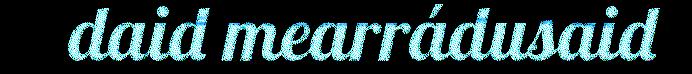
daid mearrádusaid